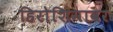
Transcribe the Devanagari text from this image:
हिरोशिमावर